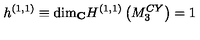
h ^ { ( 1 , 1 ) } \equiv \mathrm { d i m } _ { \bf C } H ^ { ( 1 , 1 ) } \left( M _ { 3 } ^ { C Y } \right) = 1